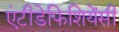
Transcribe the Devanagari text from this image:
एंटीडेफिशियेंसी